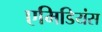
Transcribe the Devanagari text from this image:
एमिडियंस